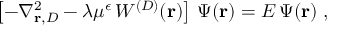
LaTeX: \left[ - \nabla _ { { \bf r } , { D } } ^ { 2 } - \lambda \mu ^ { \epsilon } \, W ^ { ( { D } ) } ( { \bf r } ) \right] \, \Psi ( { \bf r } ) = E \, \Psi ( { \bf r } ) \; ,